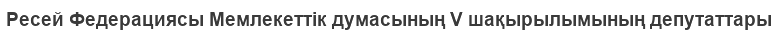
Ресей Федерациясы Мемлекеттік думасының V шақырылымының депутаттары